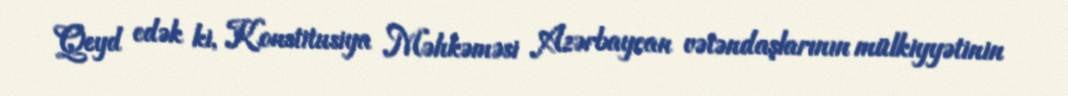
Qeyd edək ki, Konstitusiya Məhkəməsi Azərbaycan vətəndaşlarının mülkiyyətinin